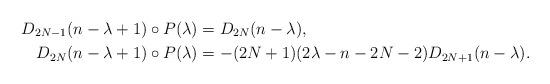
LaTeX: \begin{align*} D_{2N-1}(n-\lambda+1)\circ P(\lambda)&=D_{2N}(n-\lambda),\\ D_{2N}(n-\lambda+1)\circ P(\lambda)&=-(2N+1)(2\lambda-n-2N-2) D_{2N+1}(n-\lambda). \end{align*}